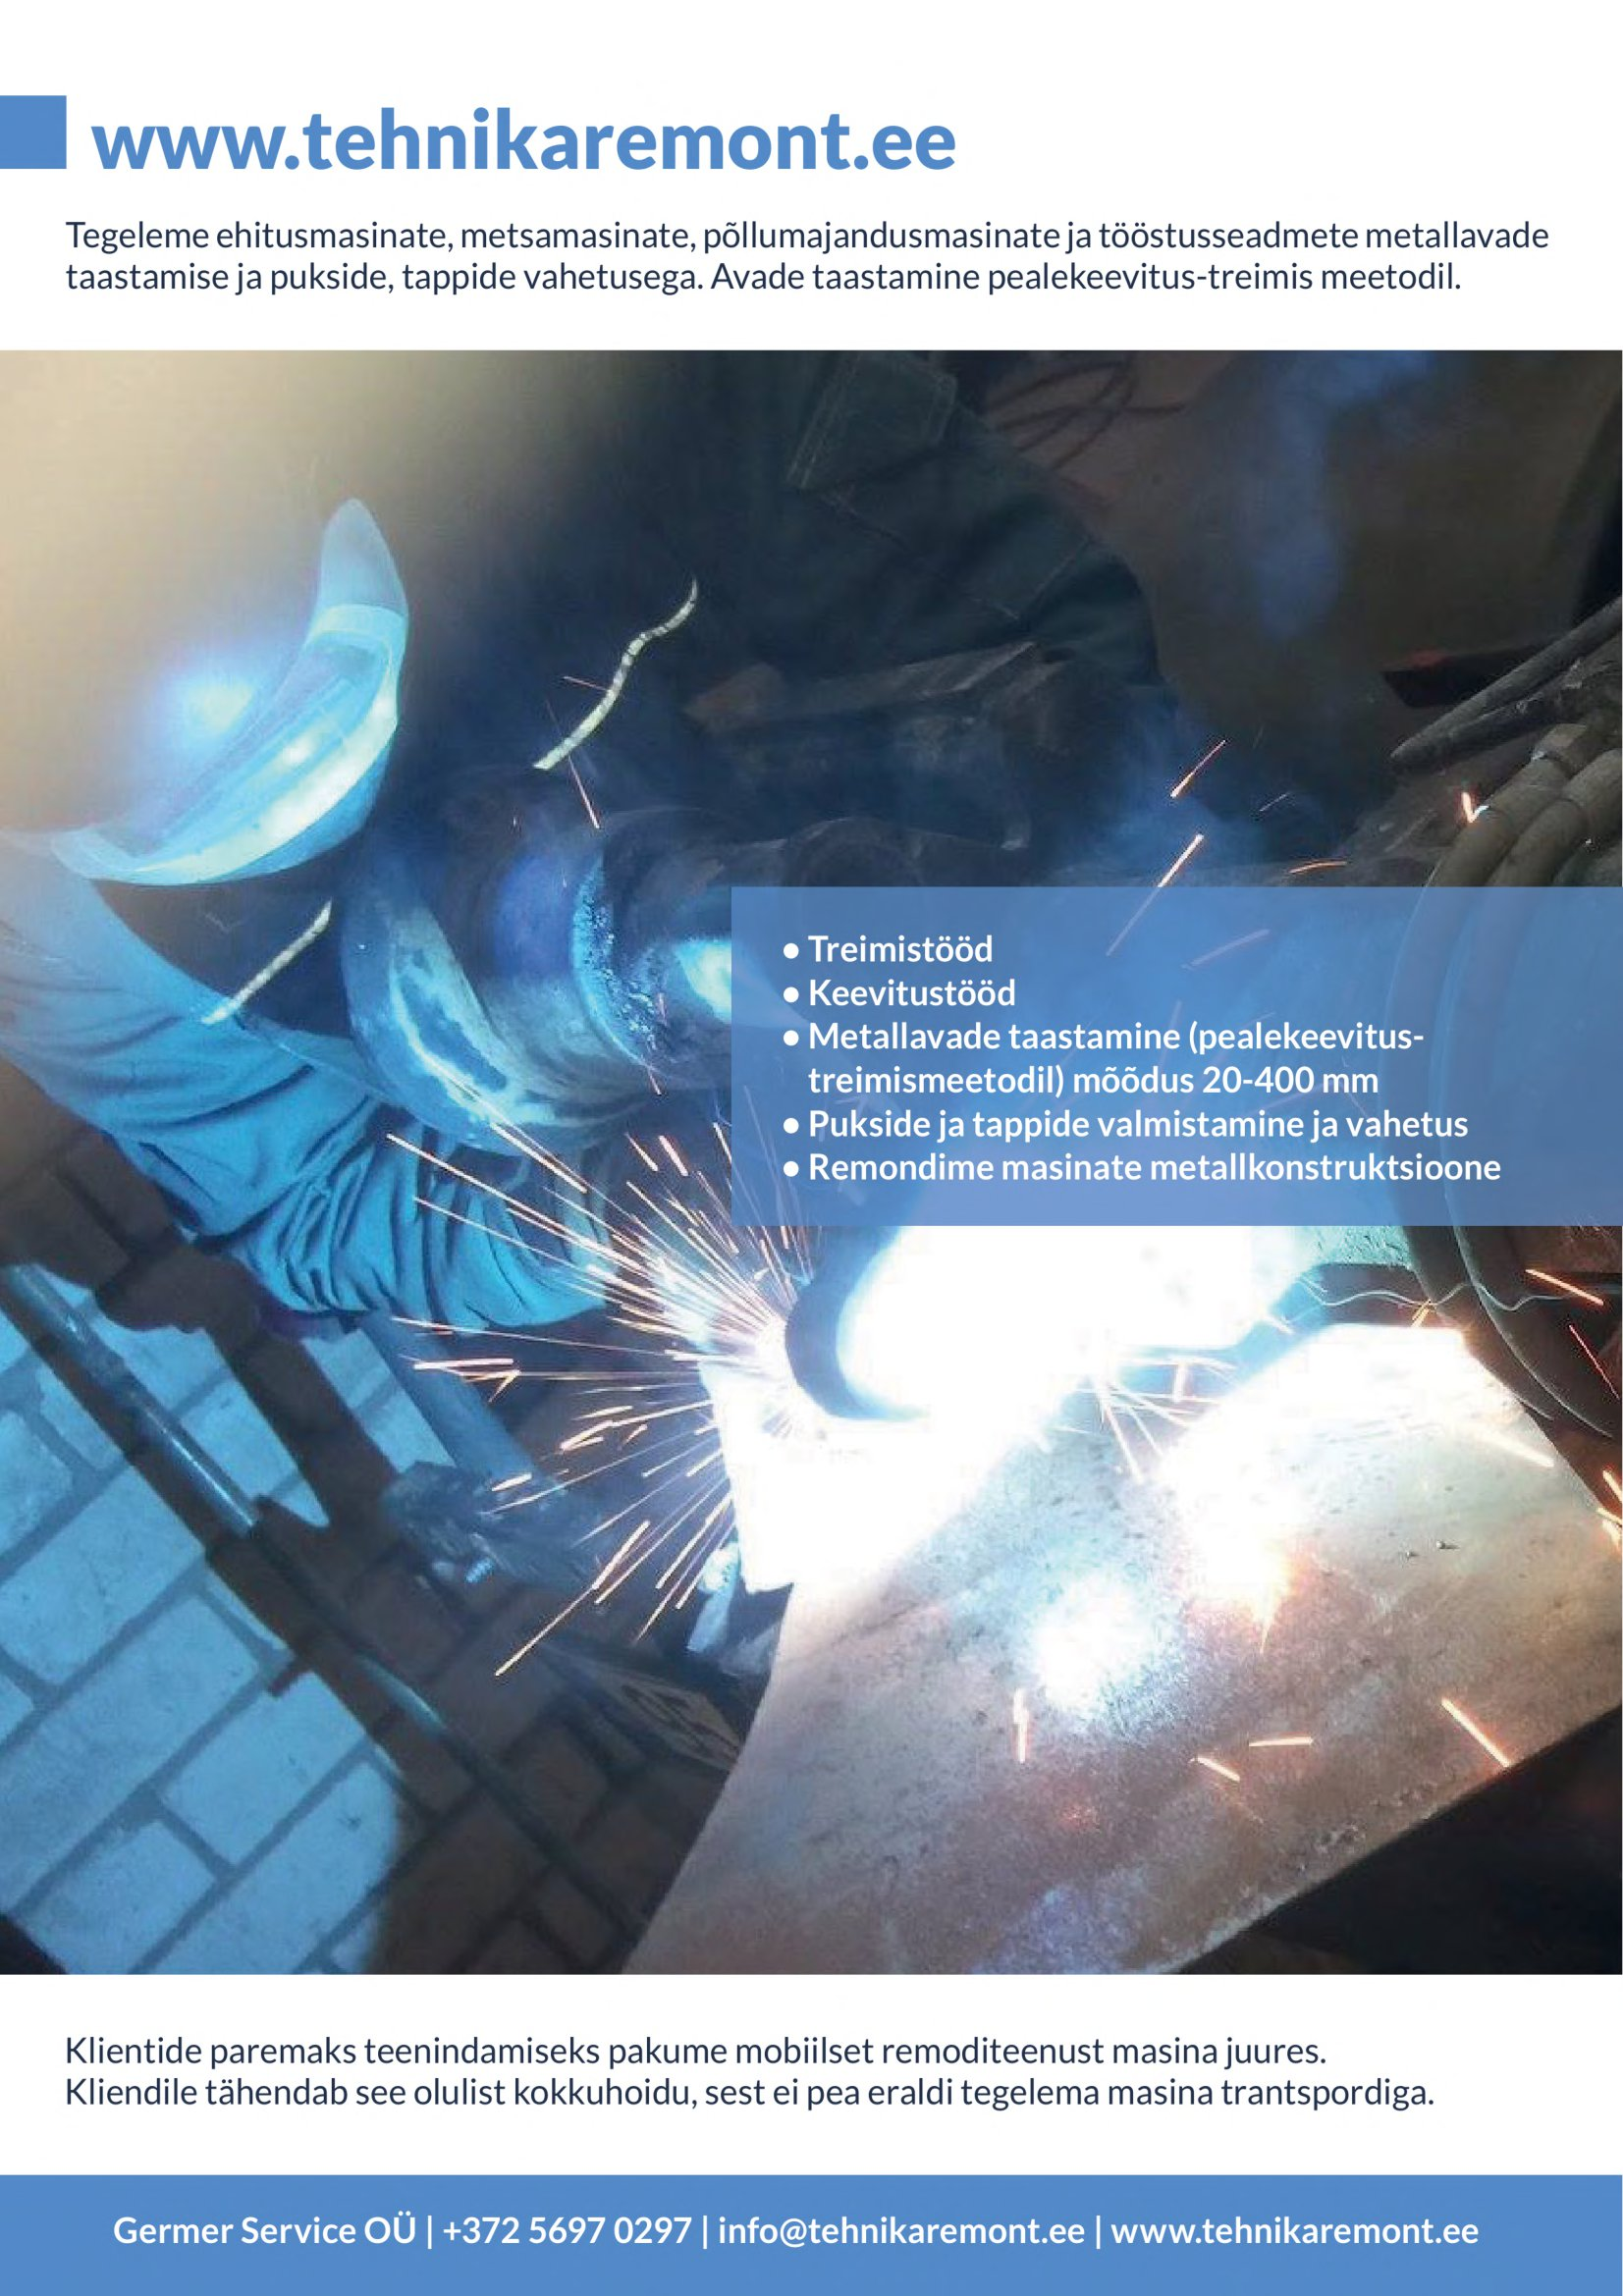
Language: et